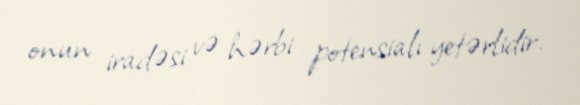
onun iradəsi və hərbi potensialı yetərlidir.